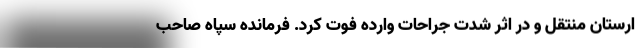
ارستان منتقل و در اثر شدت جراحات وارده فوت کرد. فرمانده سپاه صاحب